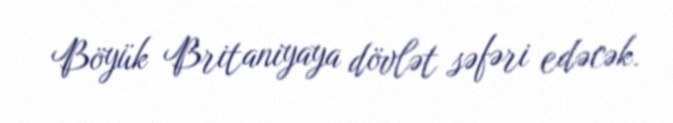
Böyük Britaniyaya dövlət səfəri edəcək.